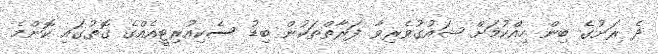
ދެ ރަށުގެ ބިން ހިއްކުމަށް ޝައުގުވެރިވާ ފަރާތްތަކުން ބިޑު ސެކިއުރިޓީއެއްގެ ގޮތުގައި ކޮންމެ